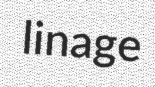
linage